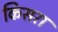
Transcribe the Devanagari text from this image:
किसरा